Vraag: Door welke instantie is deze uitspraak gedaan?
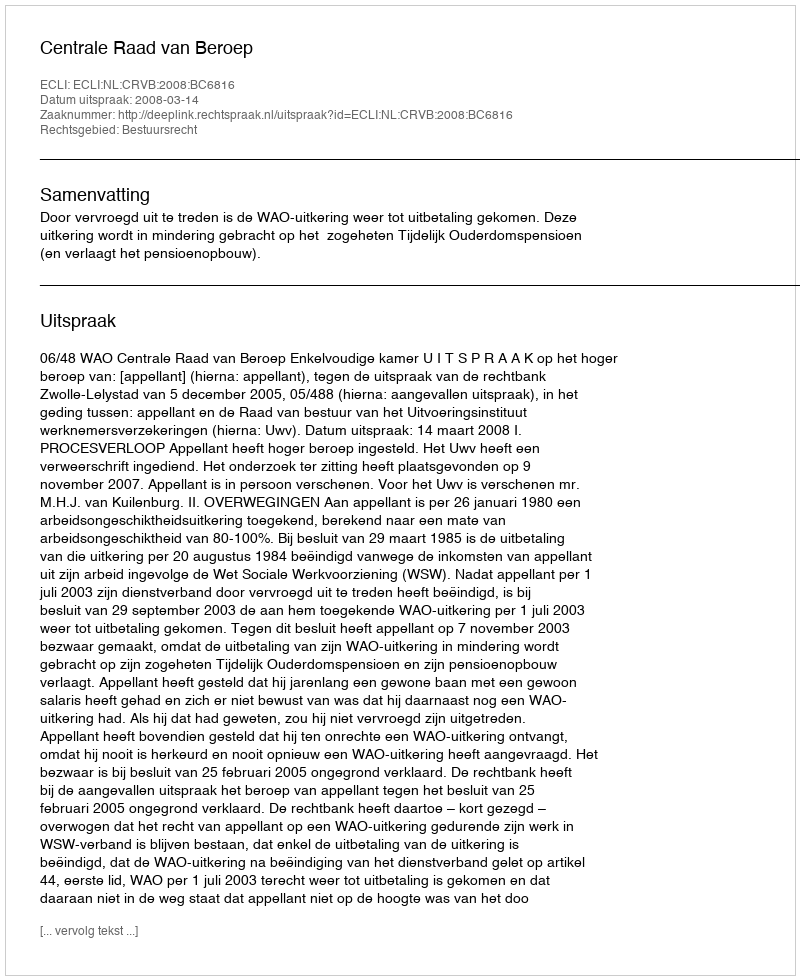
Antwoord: Centrale Raad van Beroep